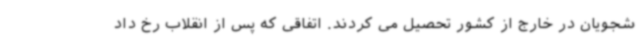
شجویان در خارج از کشور تحصیل می کردند. اتفاقی که پس از انقلاب رخ داد